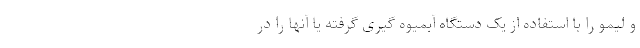
و لیمو را با استفاده از یک دستگاه آبمیوه گیری گرفته یا آنها را در